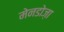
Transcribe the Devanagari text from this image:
मेनडोज़ा